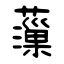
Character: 薻